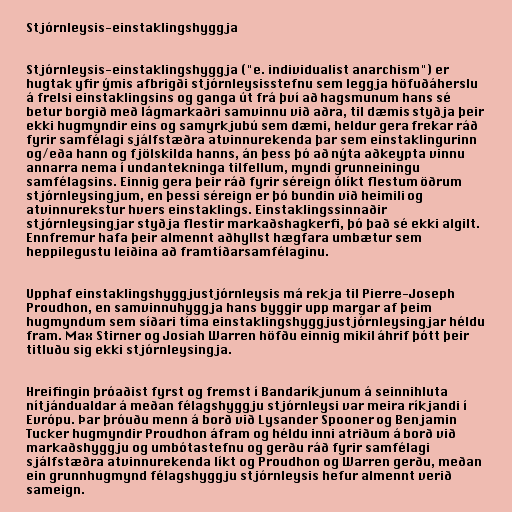
Stjórnleysis-einstaklingshyggja

Stjórnleysis-einstaklingshyggja ("e. individualist anarchism") er
hugtak yfir ýmis afbrigði stjórnleysisstefnu sem leggja höfuðáherslu
á frelsi einstaklingsins og ganga út frá því að hagsmunum hans sé
betur borgið með lágmarkaðri samvinnu við aðra, til dæmis styðja þeir
ekki hugmyndir eins og samyrkjubú sem dæmi, heldur gera frekar ráð
fyrir samfélagi sjálfstæðra atvinnurekenda þar sem einstaklingurinn
og/eða hann og fjölskilda hanns, án þess þó að nýta aðkeypta vinnu
annarra nema í undantekninga tilfellum, myndi grunneiningu
samfélagsins. Einnig gera þeir ráð fyrir séreign ólíkt flestum öðrum
stjórnleysingjum, en þessi séreign er þó bundin við heimili og
atvinnurekstur hvers einstaklings. Einstaklingssinnaðir
stjórnleysingjar styðja flestir markaðshagkerfi, þó það sé ekki algilt.
Ennfremur hafa þeir almennt aðhyllst hægfara umbætur sem
heppilegustu leiðina að framtíðarsamfélaginu.

Upphaf einstaklingshyggjustjórnleysis má rekja til Pierre-Joseph
Proudhon, en samvinnuhyggja hans byggir upp margar af þeim
hugmyndum sem síðari tíma einstaklingshyggjustjórnleysingjar héldu
fram. Max Stirner og Josiah Warren höfðu einnig mikil áhrif þótt þeir
titluðu sig ekki stjórnleysingja.

Hreifingin þróaðist fyrst og fremst í Bandaríkjunum á seinnihluta
nítjándualdar á meðan félagshyggju stjórnleysi var meira ríkjandi í
Evrópu. Þar þróuðu menn á borð við Lysander Spooner og Benjamin
Tucker hugmyndir Proudhon áfram og héldu inni atriðum á borð við
markaðshyggju og umbótastefnu og gerðu ráð fyrir samfélagi
sjálfstæðra atvinnurekenda líkt og Proudhon og Warren gerðu, meðan
ein grunnhugmynd félagshyggju stjórnleysis hefur almennt verið
sameign.